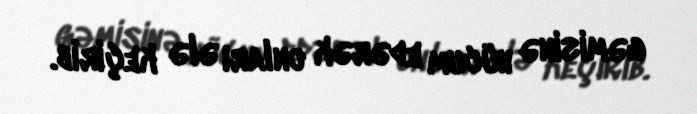
gəmisinə hücum edərək onları ələ keçirib.